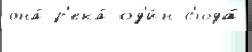
она́ р'ека́ од'и́н с'юда́